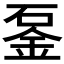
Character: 𨥴